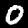
Label: 0